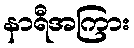
နာရီအကြား